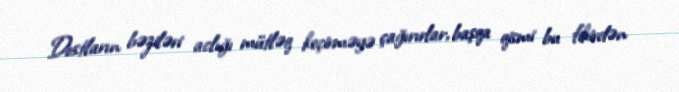
Dostların bəziləri aclığı mütləq keçirməyə çağırırlar, başqa qismi bu fikirdən